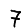
Digit: 7